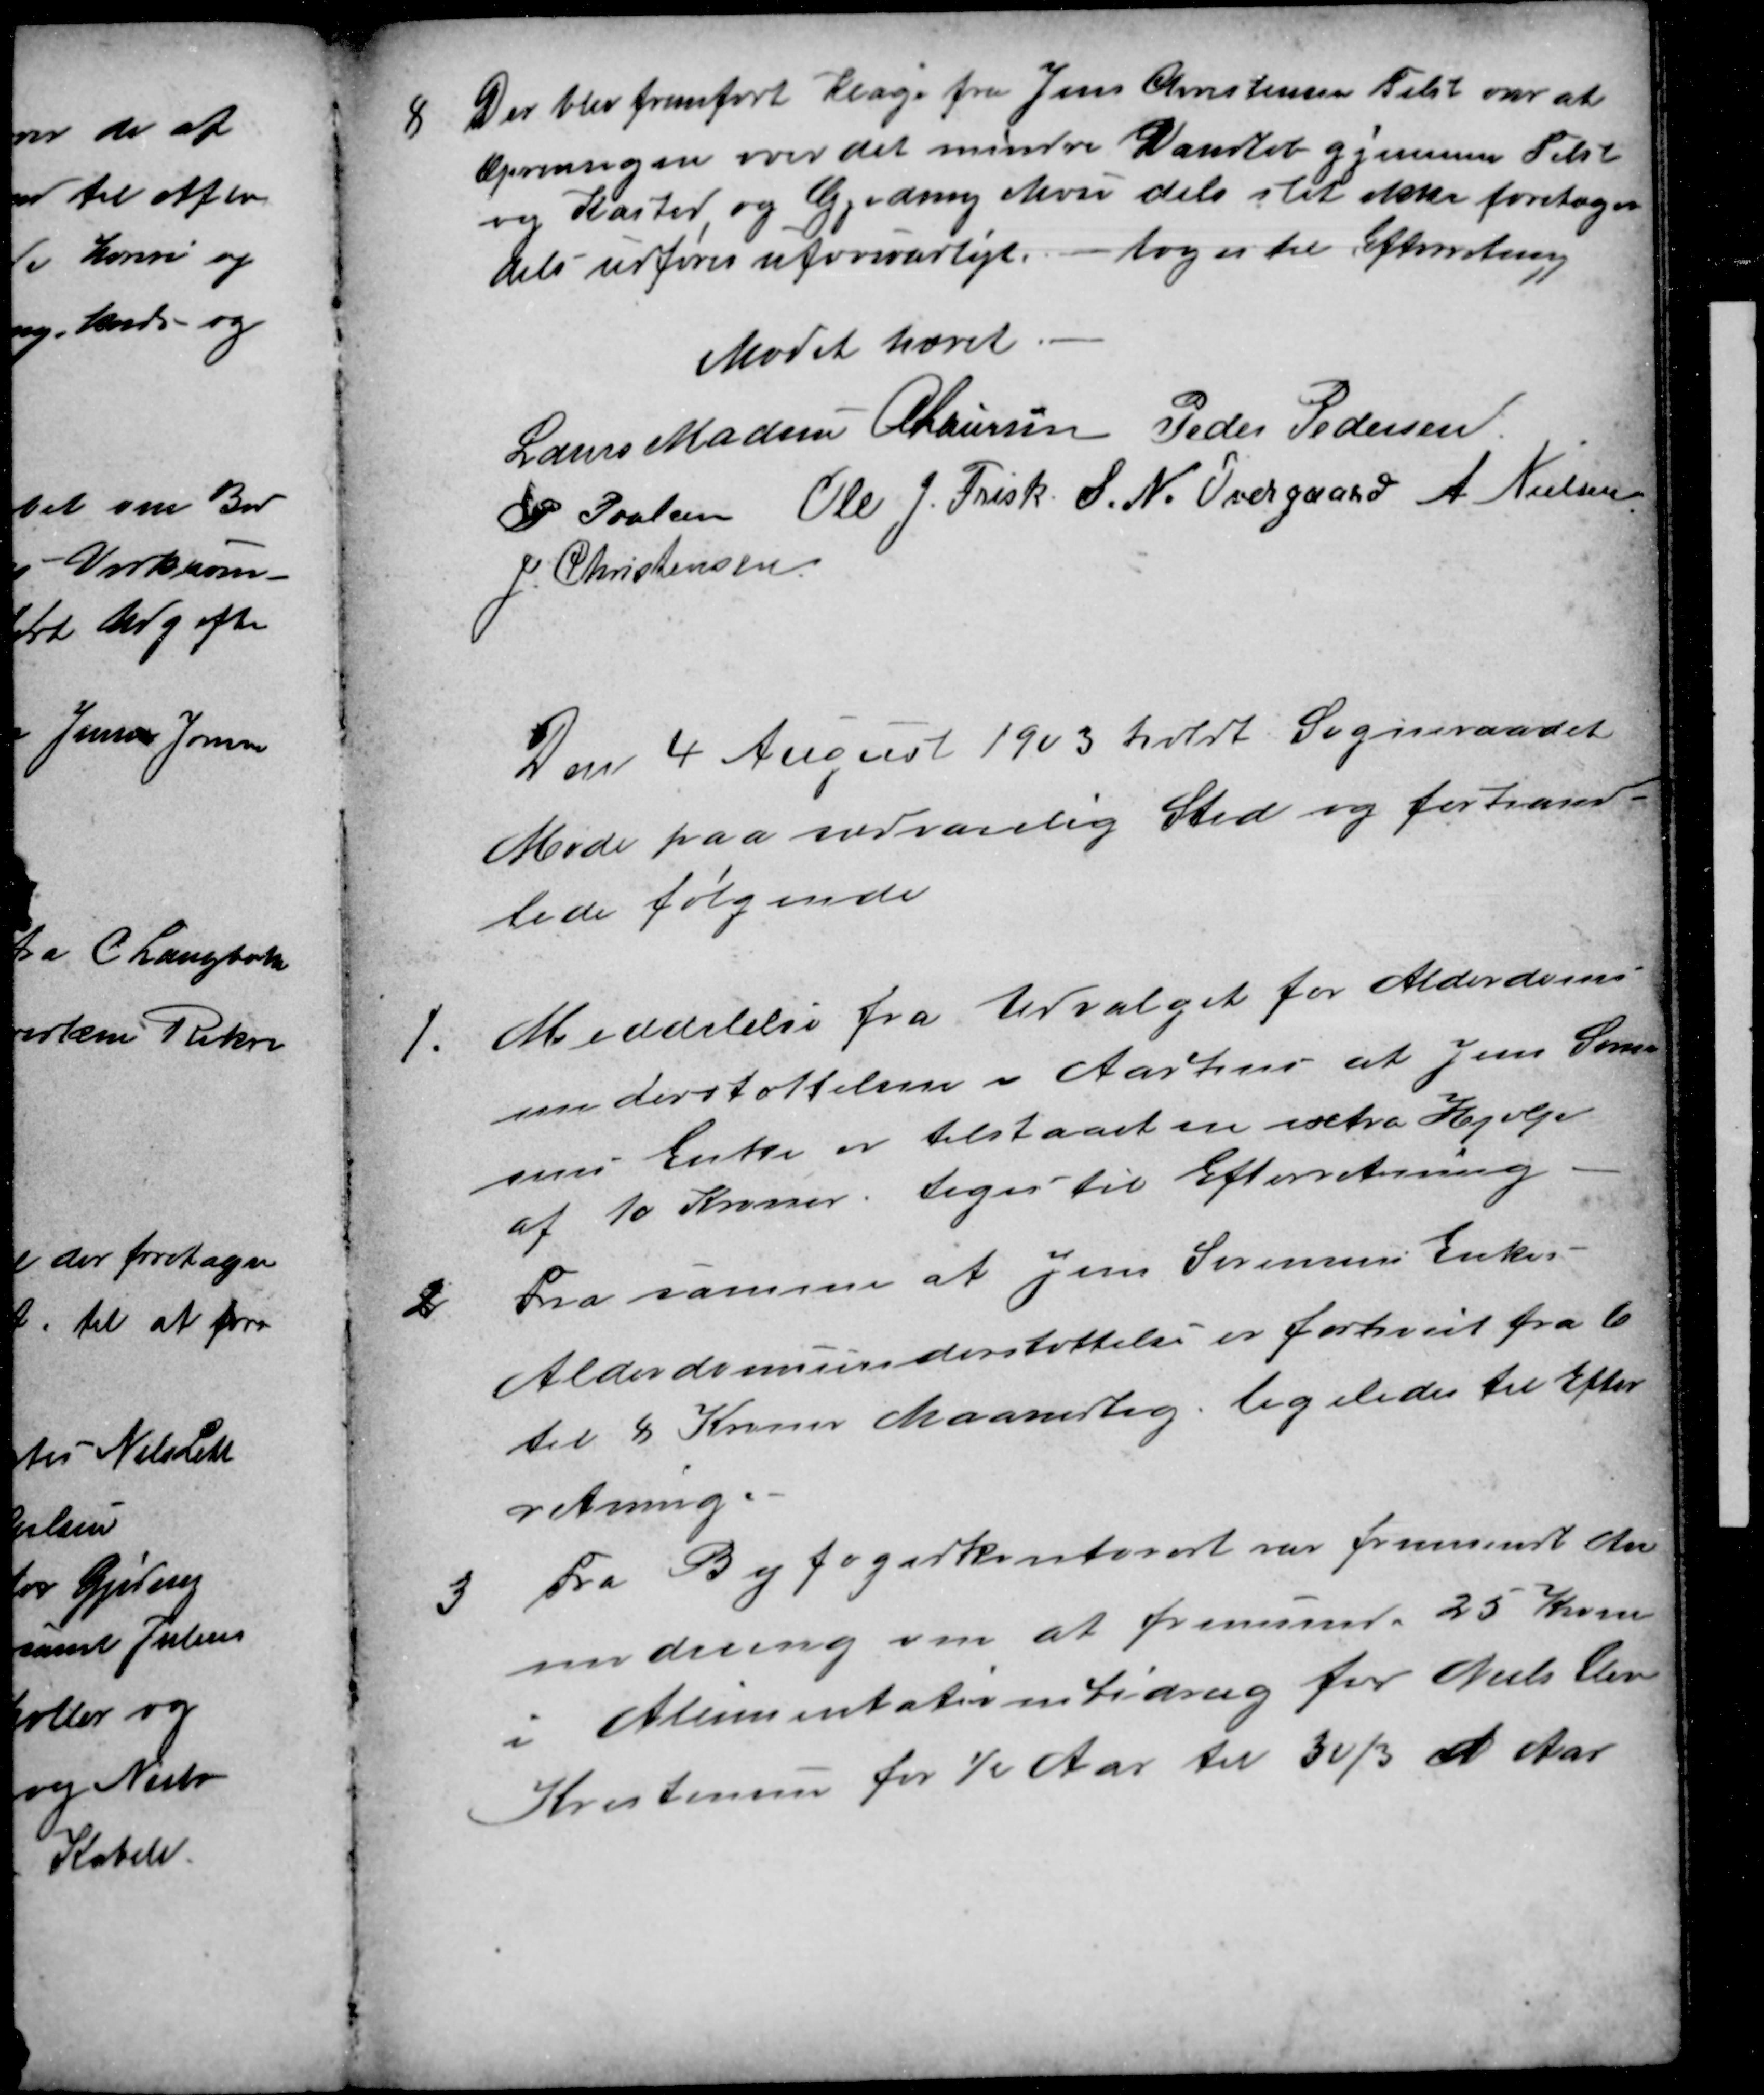
Transskription:
8
Der blev fremført Klage fra Jens Christensen Tilst over at
Oprensigen over det mindre Vandløb gjennem Tilst
og Kasted og Gjeding Mose dels slet ikke foretages
dels udføres uforsvarligt. - toges til Efterretning
Mødet hævet.
Laurs Madsen A Laursen Peder Pedersen
P Poulsen
Ole J. Frisk S. N. Overgaard A. Nielsen
J. Christensen
Den 4 August 1903 holdt Sogneraadet
Møde paa sædvanlig Sted og forhand-
lede følgende
1
Meddelelse fra Udvalget for Alderdoms-
understøttelsen i Aarhus at Jens Søren
sens Enke er tilstaaet en extra Hjælp
af 10 Kroner, toges til Efterretning
2
Fra samme at Jens Sørensens Enkes
Alderdomsunderstøttelse er forhøiet fra 6
til 8 Kroner Maanedlig, ligeledes til Efter
retning.
3
Fra Byfogedkontoret var fremsendt An
modning om at fremsende 25 Kroner
i Alimentationsbidrag for Niels Chr
Kristensen for ½ Aar til 30/3 d Aar